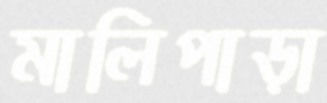
মালিপাড়া